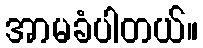
အာမခံပါတယ်။